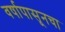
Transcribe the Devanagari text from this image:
वर्षापासूनचा